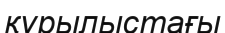
құрылыстағы